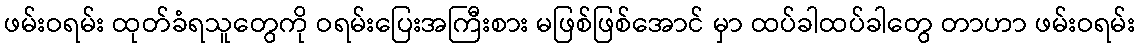
ဖမ်းဝရမ်း ထုတ်ခံရသူတွေကို ဝရမ်းပြေးအကြီးစား မဖြစ်ဖြစ်အောင် မှာ ထပ်ခါထပ်ခါတွေ တာဟာ ဖမ်းဝရမ်း